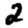
Digit: 2